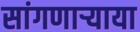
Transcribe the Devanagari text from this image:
सांगणार्‍याया